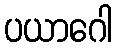
ပယာဂေါ